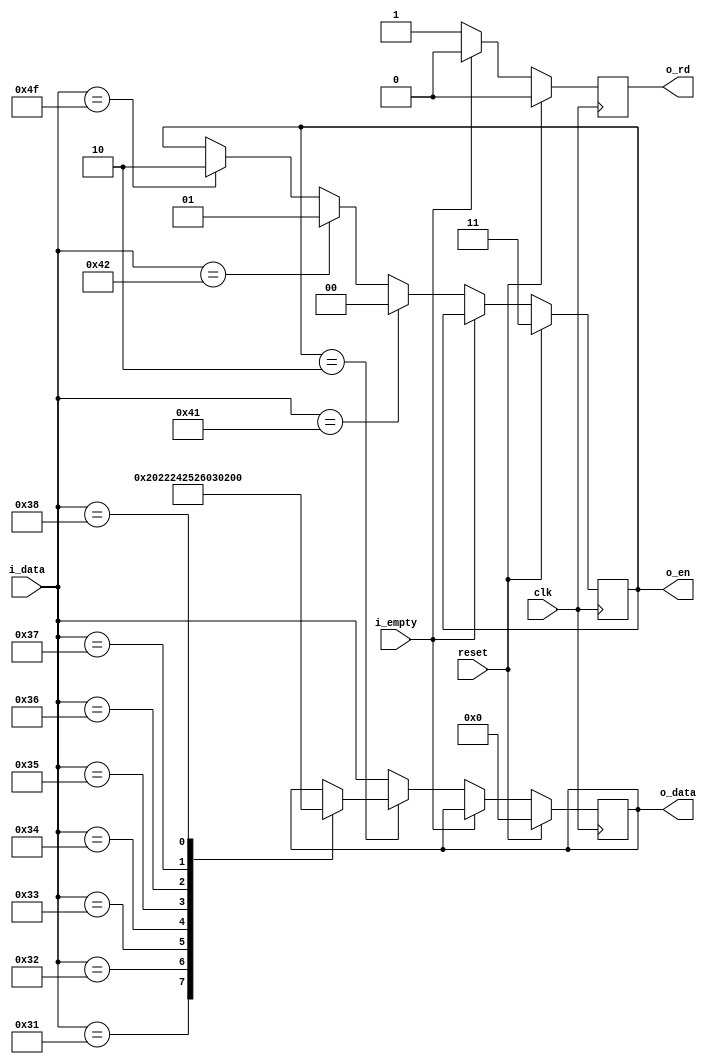
`timescale 1ns / 1ps
//////////////////////////////////////////////////////////////////////////////////
// Company: 
// Engineer: 
// 
// Design Name: 
// Module Name: traductor_enable
// Project Name: 
// Target Devices: 
// Tool Versions: 
// Description: 
// 
// Dependencies: 
// 
// Revision:
// Revision 0.01 - File Created
// Additional Comments:
// 
//////////////////////////////////////////////////////////////////////////////////


module traductor_enable
      #(
    parameter BUS_ENABLE=2, // number of bits in counter
              BUS_DATA=8 // mod-BUS_DATA
   )
   (
    input wire clk, reset,i_empty,
    input wire [BUS_DATA-1:0] i_data,
    output wire [BUS_ENABLE-1:0] o_en,
    output wire [BUS_DATA-1:0] o_data,
    output wire o_rd
   );
    localparam OP_ADD = 6'b100000;
    localparam OP_SUB = 6'b100010;
    localparam OP_AND = 6'b100100;
    localparam OP_OR = 6'b100101;
    localparam OP_XOR = 6'b100110;
    localparam OP_SRA = 6'b000011;
    localparam OP_SRL = 6'b000010;
    localparam OP_NOR = 6'b100111;
   //signal declaration
   reg [BUS_ENABLE-1:0] r_enable;
   reg [BUS_DATA-1:0] r_data;
   reg [BUS_ENABLE-1:0] r_enable_next;
   reg [BUS_DATA-1:0] r_data_next;
   
   reg rd_reg;

   // body
   // register
   always @(posedge clk)
      if (reset)
      begin
         r_enable <= 2'b11;
         r_data <= 8'd0;
         rd_reg <= 1'd0;
      end
      else
        if(~i_empty)
        begin
             rd_reg <= 1'd1;
             r_enable <= r_enable_next;
             r_data <= r_data_next;
        end
        else
             rd_reg <= 1'd0;

   // next-state logic
   always @(*)  
    begin    
        //keep old value
        r_enable_next = r_enable;
        
        if(i_data=="A")     
            r_enable_next = #(BUS_ENABLE)'d0;       
        else if(i_data=="B")
            r_enable_next = #(BUS_ENABLE)'d1;
        else if(i_data=="O")      
            r_enable_next = #(BUS_ENABLE)'d2;           
    end
   always @(*)
   begin
        r_data_next = r_data;
        if(r_enable == 2'd2)
            case(i_data)
                8'b00110001:
                    r_data_next = OP_ADD;
                8'b00110010:
                    r_data_next = OP_SUB;
                8'b00110011:
                    r_data_next = OP_AND;
                8'b00110100:
                    r_data_next = OP_OR;
                8'b00110101:
                    r_data_next = OP_XOR;
                8'b00110110:
                    r_data_next = OP_SRA;
                8'b00110111:
                    r_data_next = OP_SRL;
                8'b00111000:
                    r_data_next = OP_NOR;
                endcase
        else
              r_data_next = i_data;  
   end     


   assign o_data = r_data;
   assign o_en = r_enable;
   assign o_rd = rd_reg;
endmodule